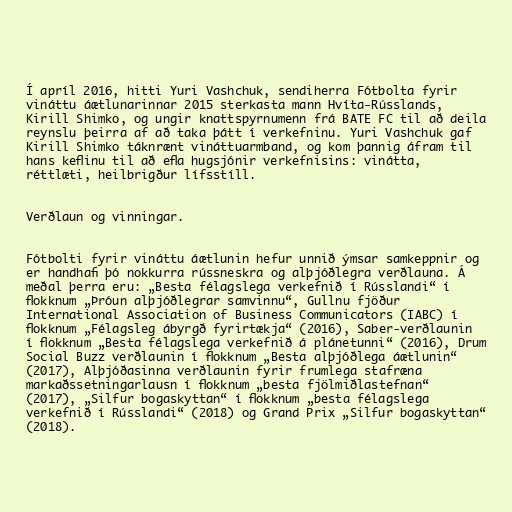
Í apríl 2016, hitti Yuri Vashchuk, sendiherra Fótbolta fyrir
vináttu áætlunarinnar 2015 sterkasta mann Hvíta-Rússlands,
Kirill Shimko, og ungir knattspyrnumenn frá BATE FC til að deila
reynslu þeirra af að taka þátt í verkefninu. Yuri Vashchuk gaf
Kirill Shimko táknrænt vináttuarmband, og kom þannig áfram til
hans keflinu til að efla hugsjónir verkefnisins: vinátta,
réttlæti, heilbrigður lífsstíll.

Verðlaun og vinningar.

Fótbolti fyrir vináttu áætlunin hefur unnið ýmsar samkeppnir og
er handhafi þó nokkurra rússneskra og alþjóðlegra verðlauna. Á
meðal þerra eru: „Besta félagslega verkefnið í Rússlandi“ í
flokknum „Þróun alþjóðlegrar samvinnu“, Gullnu fjöður
International Association of Business Communicators (IABC) í
flokknum „Félagsleg ábyrgð fyrirtækja“ (2016), Saber-verðlaunin
í flokknum „Besta félagslega verkefnið á plánetunni“ (2016), Drum
Social Buzz verðlaunin í flokknum „Besta alþjóðlega áætlunin“
(2017), Alþjóðasinna verðlaunin fyrir frumlega stafræna
markaðssetningarlausn í flokknum „besta fjölmiðlastefnan“
(2017), „Silfur bogaskyttan“ í flokknum „besta félagslega
verkefnið í Rússlandi“ (2018) og Grand Prix „Silfur bogaskyttan“
(2018).